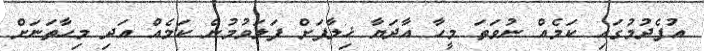
އުފެދުމުގައި ކަމެއް ނުވަތަ މީހާ އާދަޔާ ޚިލާފަށް ފަލަވުމުން ކަމެއް އަދި މިހާތަނަށް